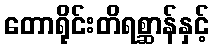
တောရိုင်းတိရစ္ဆာန်နှင့်